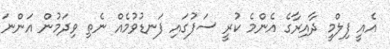
އެއީ ފިލްމީ ދާއިރާގެ އެންމެ ކުރީ ސަފުގައި ފަނޑުވުމެއް ނެތި ވިދަމުން އަންނަ